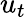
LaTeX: u_{t}